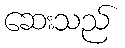
ဆေးသည်